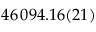
4 6 \, 0 9 4 . 1 6 ( 2 1 )